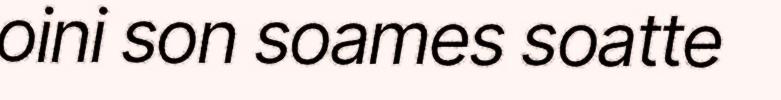
oini son soames soatte